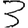
Digit: 3